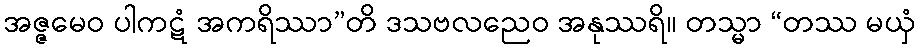
အဇ္ဇမေဝ ပါကဋံ အကရိဿာ”တိ ဒသဗလညေဝ အနုဿရိ။ တသ္မာ “တဿ မယှံ